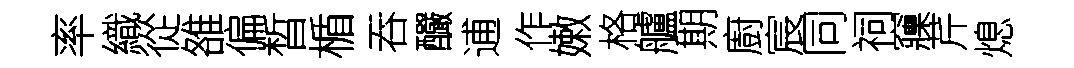
率織從雒偏晳楯吞釅逋作嫩格艫期廚宸同祠䆿芹熄